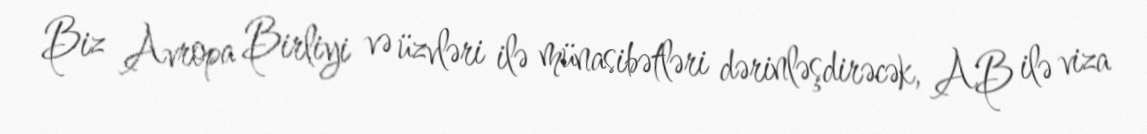
Biz Avropa Birliyi və üzvləri ilə münasibətləri dərinləşdirəcək, AB ilə viza